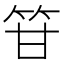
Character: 䇞